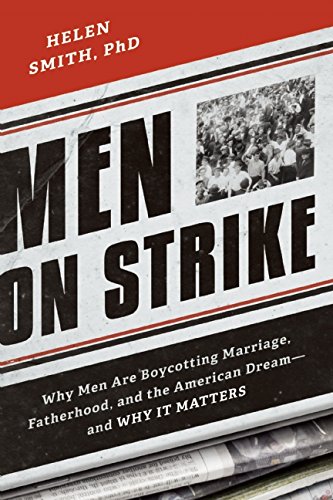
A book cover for Men on Strike: Why Men Are Boycotting Marriage, Fatherhood, and the American Dream - and Why It Matters; Helen Smith PhD; Politics & Social Sciences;